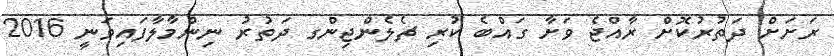
ރަށަށް ދަތުރުކޮށް ރާއްޖެ ވަށާ ގައްބެ ކުރި ޗެލެންޖިންގ ދަތުރު ނިންމާލާފައިވަނީ 2016